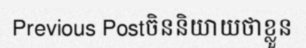
Previous Postចិននិយាយថាខ្លួន